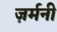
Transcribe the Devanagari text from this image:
ज़र्मनी